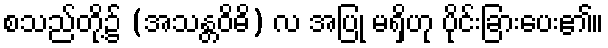
စသည်တို့၌ (အသန္တဝိဓိ) လ အပြု မရှိဟု ပိုင်းခြားပေး၏။